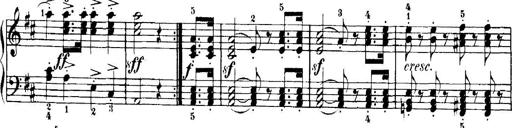
Title: 7 Sonatinas
Composer: Anton Diabelli